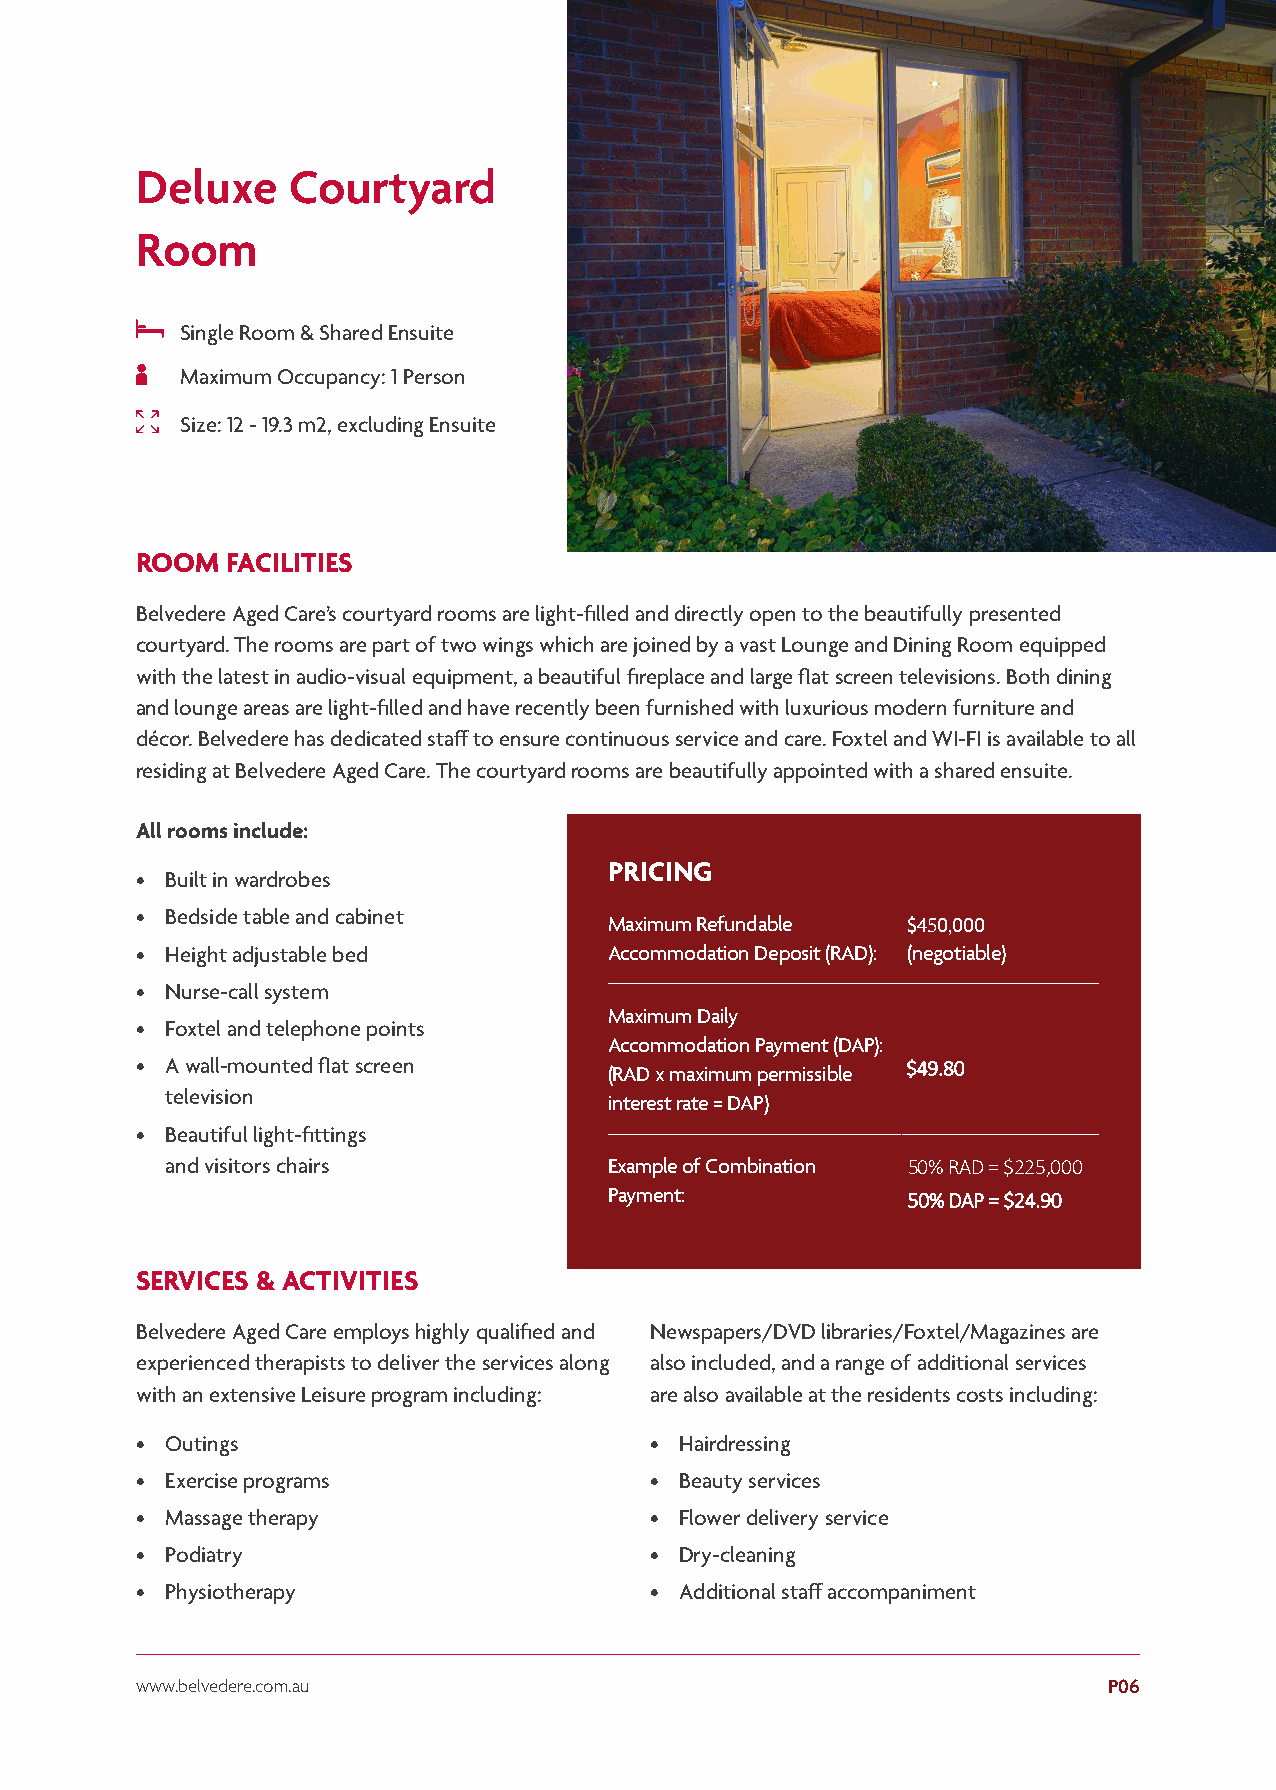
Deluxe    Courtyard
 Room
 Single Room & Shared Ensuite
 Maximum Occupancy: 1 Person
 Size: 12 - 19.3 m2, excluding Ensuite
 ROOM  FACILITIES
 Belvedere Aged Care’s courtyard rooms are light-filled and directly open to the beautifully presented
 courtyard. The rooms are part of two wings which are joined by a vast Lounge and Dining Room equipped
 with the latest in audio-visual equipment, a beautiful fireplace and large flat screen televisions. Both dining
 and lounge areas are light-filled and have recently been furnished with luxurious modern furniture and
 décor. Belvedere has dedicated staff to ensure continuous service and care. Foxtel and WI-FI is available to all
 residing at Belvedere Aged Care. The courtyard rooms are beautifully appointed with a shared ensuite.
 All rooms include:
 PRICING
 • Built in wardrobes
 • Bedside table and cabinet
 Maximum Refundable  $450,000
 • Height adjustable bed        Accommodation Deposit (RAD): (negotiable)
 • Nurse-call system
 Maximum Daily
 • Foxtel and telephone points
 Accommodation Payment (DAP):
 • A wall-mounted flat screen                       $49.80
 (RAD x maximum permissible
 television
 interest rate = DAP)
 • Beautiful light-fittings
 and visitors chairs          Example of Combination 50% RAD = $225,000
 Payment:            50% DAP = $24.90
 SERVICES & ACTIVITIES
 Belvedere Aged Care employs highly qualified and Newspapers/DVD libraries/Foxtel/Magazines are
 experienced therapists to deliver the services along also included, and a range of additional services
 with an extensive Leisure program including: are also available at the residents costs including:
 • Outings                         • Hairdressing
 • Exercise programs               • Beauty services
 • Massage therapy                 • Flower delivery service
 • Podiatry                        • Dry-cleaning
 • Physiotherapy                   • Additional staff accompaniment
 www.belvedere.com.au                                            P06